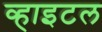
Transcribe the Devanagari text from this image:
व्हाइटल